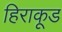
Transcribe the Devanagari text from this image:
हिराकूड